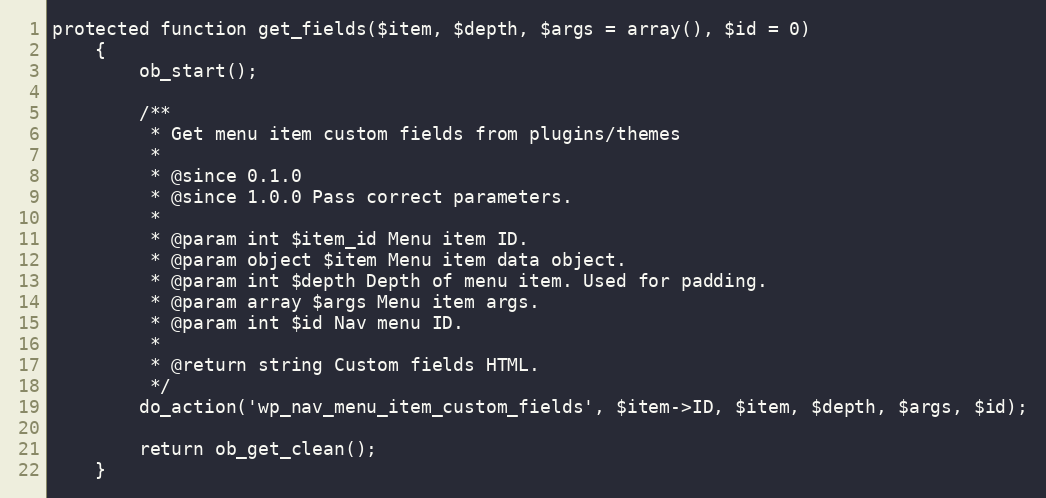
Language: PHP
protected function get_fields($item, $depth, $args = array(), $id = 0)
    {
        ob_start();

        /**
         * Get menu item custom fields from plugins/themes
         *
         * @since 0.1.0
         * @since 1.0.0 Pass correct parameters.
         *
         * @param int $item_id Menu item ID.
         * @param object $item Menu item data object.
         * @param int $depth Depth of menu item. Used for padding.
         * @param array $args Menu item args.
         * @param int $id Nav menu ID.
         *
         * @return string Custom fields HTML.
         */
        do_action('wp_nav_menu_item_custom_fields', $item->ID, $item, $depth, $args, $id);

        return ob_get_clean();
    }